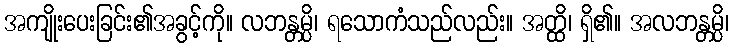
အကျိုးပေးခြင်း၏အခွင့်ကို။ လဘန္တမ္ပိ၊ ရသောကံသည်လည်း။ အတ္ထိ၊ ရှိ၏။ အလဘန္တမ္ပိ၊